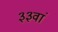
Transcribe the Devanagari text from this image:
३३वां